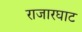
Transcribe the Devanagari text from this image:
राजारघाट